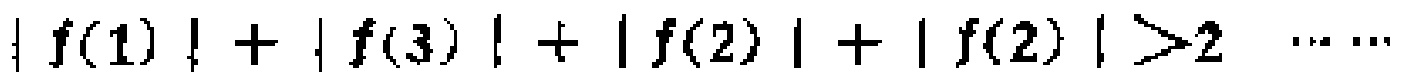
\(\vert f(1)\vert+\vert f(3)\vert+\vert f(2)\vert+\vert f(2)\vert>2\ \cdots\ \cdots\)